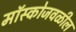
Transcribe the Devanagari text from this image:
मॉस्कोजवळील